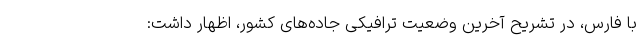
با فارس، در تشریح آخرین وضعیت ترافیکی جاده‌های کشور‌، اظهار داشت: